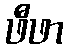
ဖီဖာ